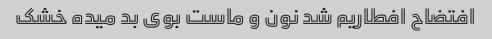
افتضاح افطاریم شد نون و ماست بوی بد میده خشک